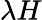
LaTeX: \lambda H